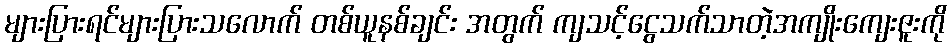
များပြားရင်များပြားသလောက် တစ်ယူနစ်ချင်း အတွက် ကျသင့်ငွေသက်သာတဲ့အကျိုးကျေးဇူးကို